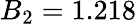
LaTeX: B_{2}=1.218